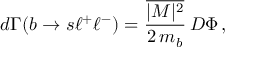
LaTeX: d \Gamma ( b \to s \ell ^ { + } \ell ^ { - } ) = \frac { \overline { { { | M | ^ { 2 } } } } } { 2 \, m _ { b } } \, D \Phi \, ,